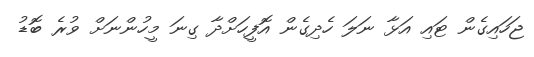
ޖަހައިގެން ޓައި އަޅާ ނަލަ ހެދިގެން އޮފީހަށްދާ ގިނަ މީހުންނަށް ވުރެ ބޮޑު